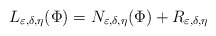
\begin{align*}L_{\varepsilon,\delta,\eta}(\Phi)=N_{\varepsilon,\delta,\eta}(\Phi)+R_{\varepsilon,\delta,\eta}\end{align*}